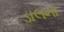
ડાલના